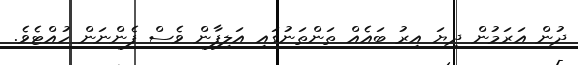
ދުން އަރަމުން ދިޔަ އިރު ބައެއް ތަންތަނުގައި އަލިފާން ވެސް ފެންނަން ހުއްޓެވެ.